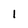
Character: 1